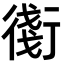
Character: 𧗸